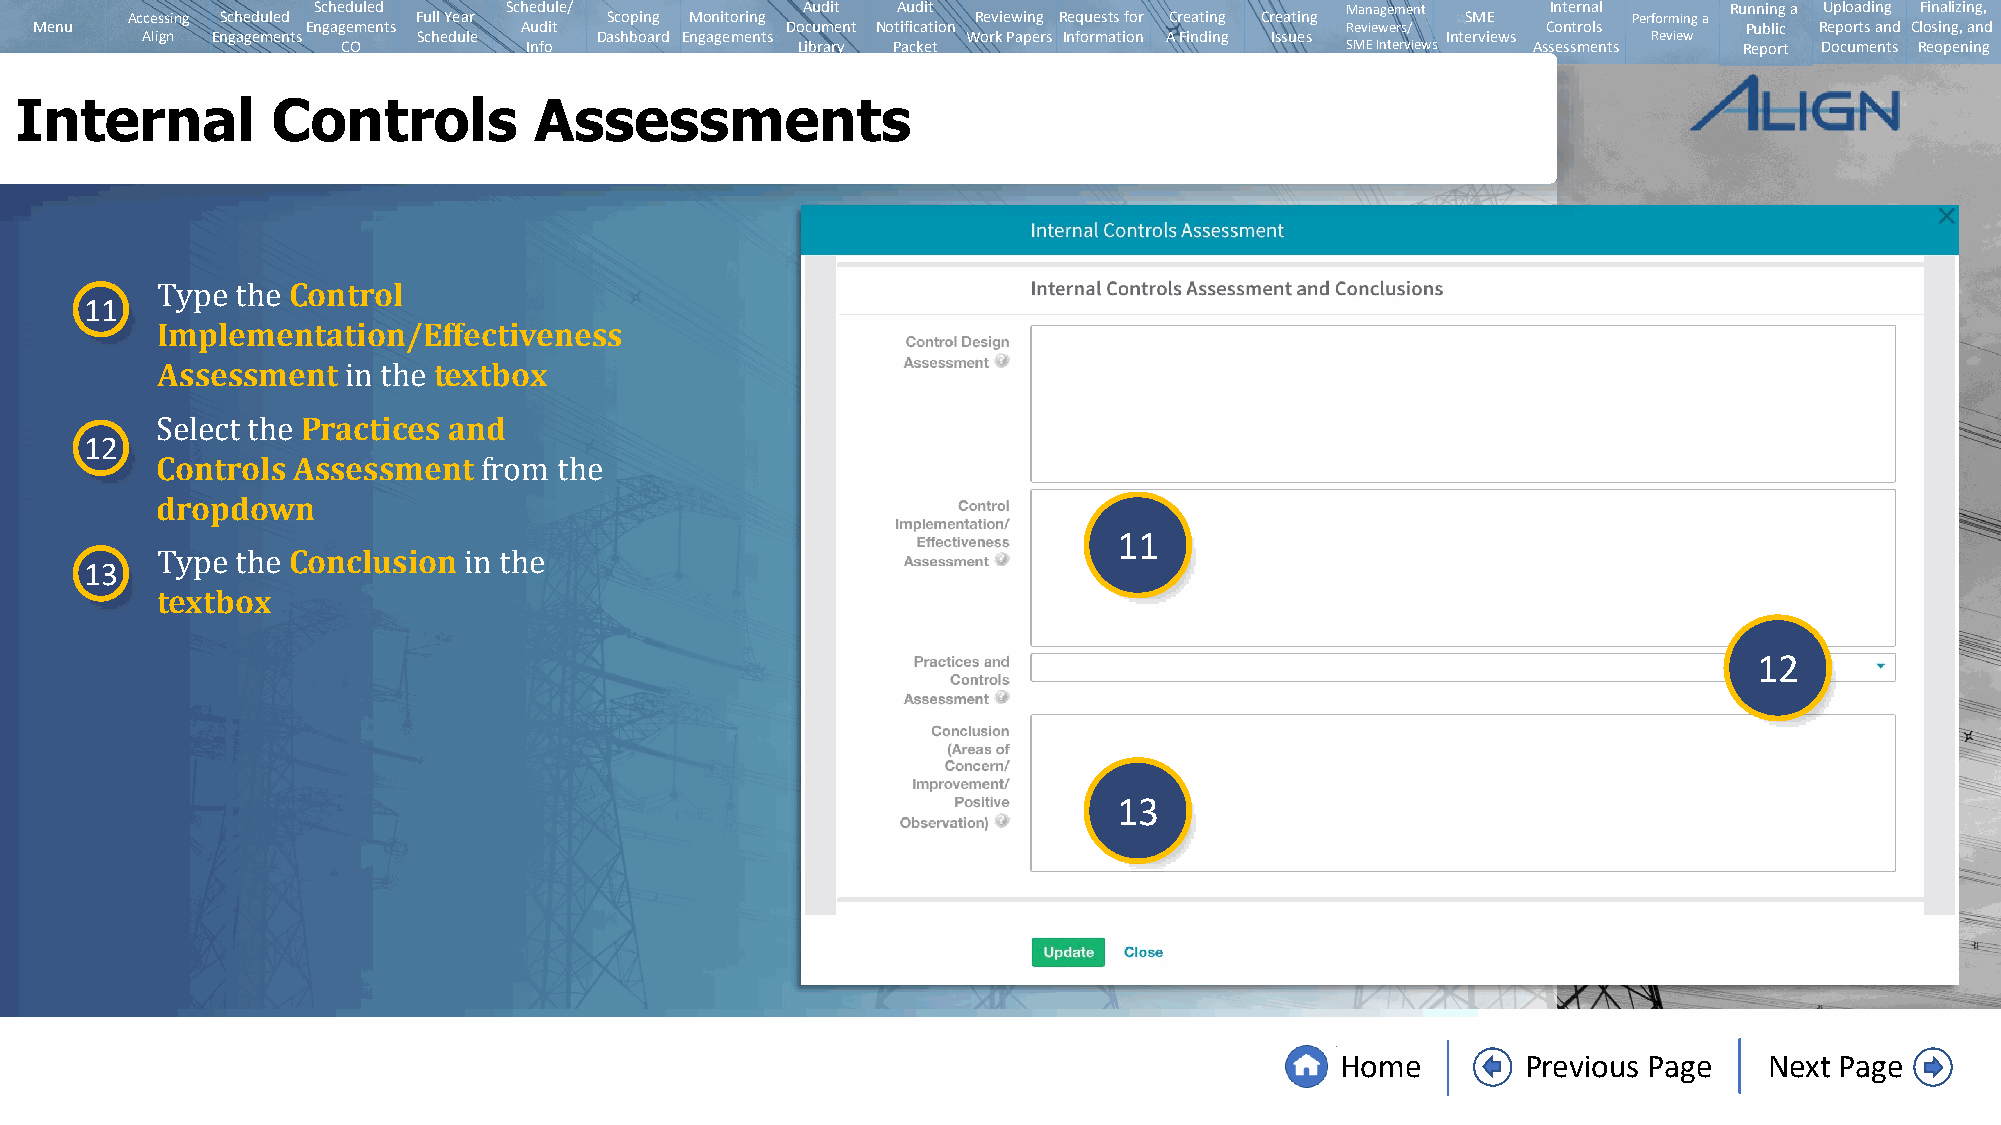
Scheduled   Schedule/           Audit Audit                         Management    Internal   Running a Uploading Finalizing,
 Accessing Scheduled Full Year   Scoping Monitoring       Reviewing Requests for Creating Creating SME Performing a
 Menu              Engagements   Audit             Document Notification                Reviewers/   Controls      Public Reports and Closing, and
 Align Engagements  Schedule   Dashboard Engagements    Work Papers Information A Finding Issues Interviews Review
 CO          Info              Library Packet                      SMEInterviews Assessments Report Documents Reopening
 Internal         Controls         Assessments
 Control
 11
 Implementation/Effectiveness
 Type  the
 Assessment         textbox
 Practices and
 12               in the
 Controls Assessment
 Select the
 dropdown
 from the                                  11
 Conclusion
 13
 textbox
 Type  the            in the
 12
 13
 Home        Previous Page   Next Page